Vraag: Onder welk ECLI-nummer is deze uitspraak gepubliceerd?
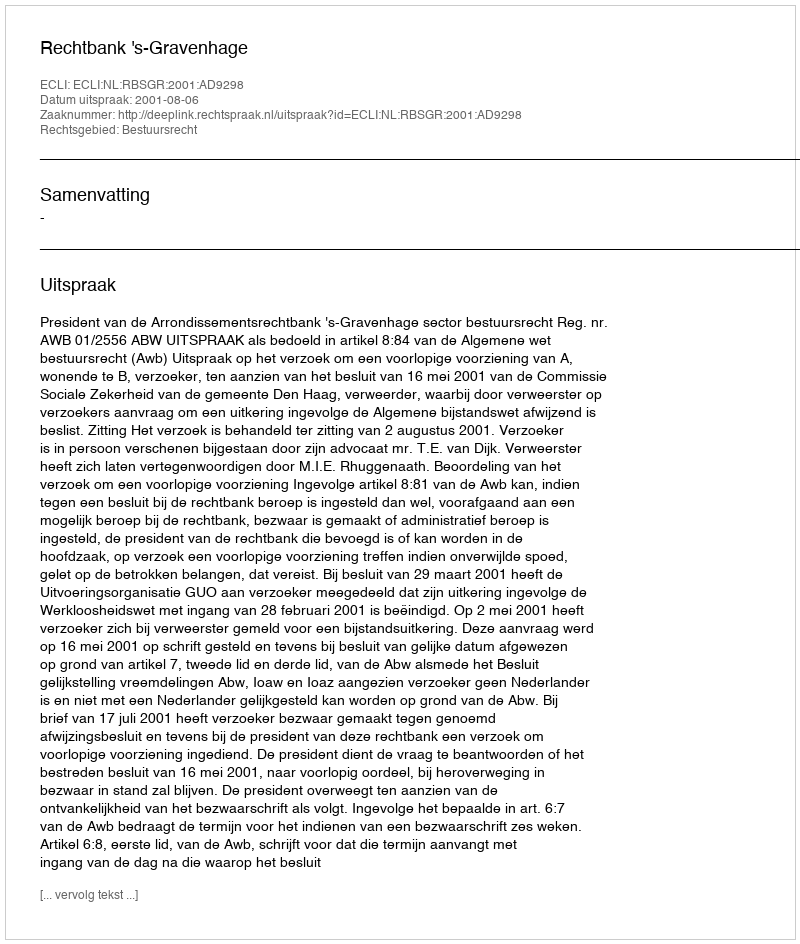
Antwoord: ECLI:NL:RBSGR:2001:AD9298